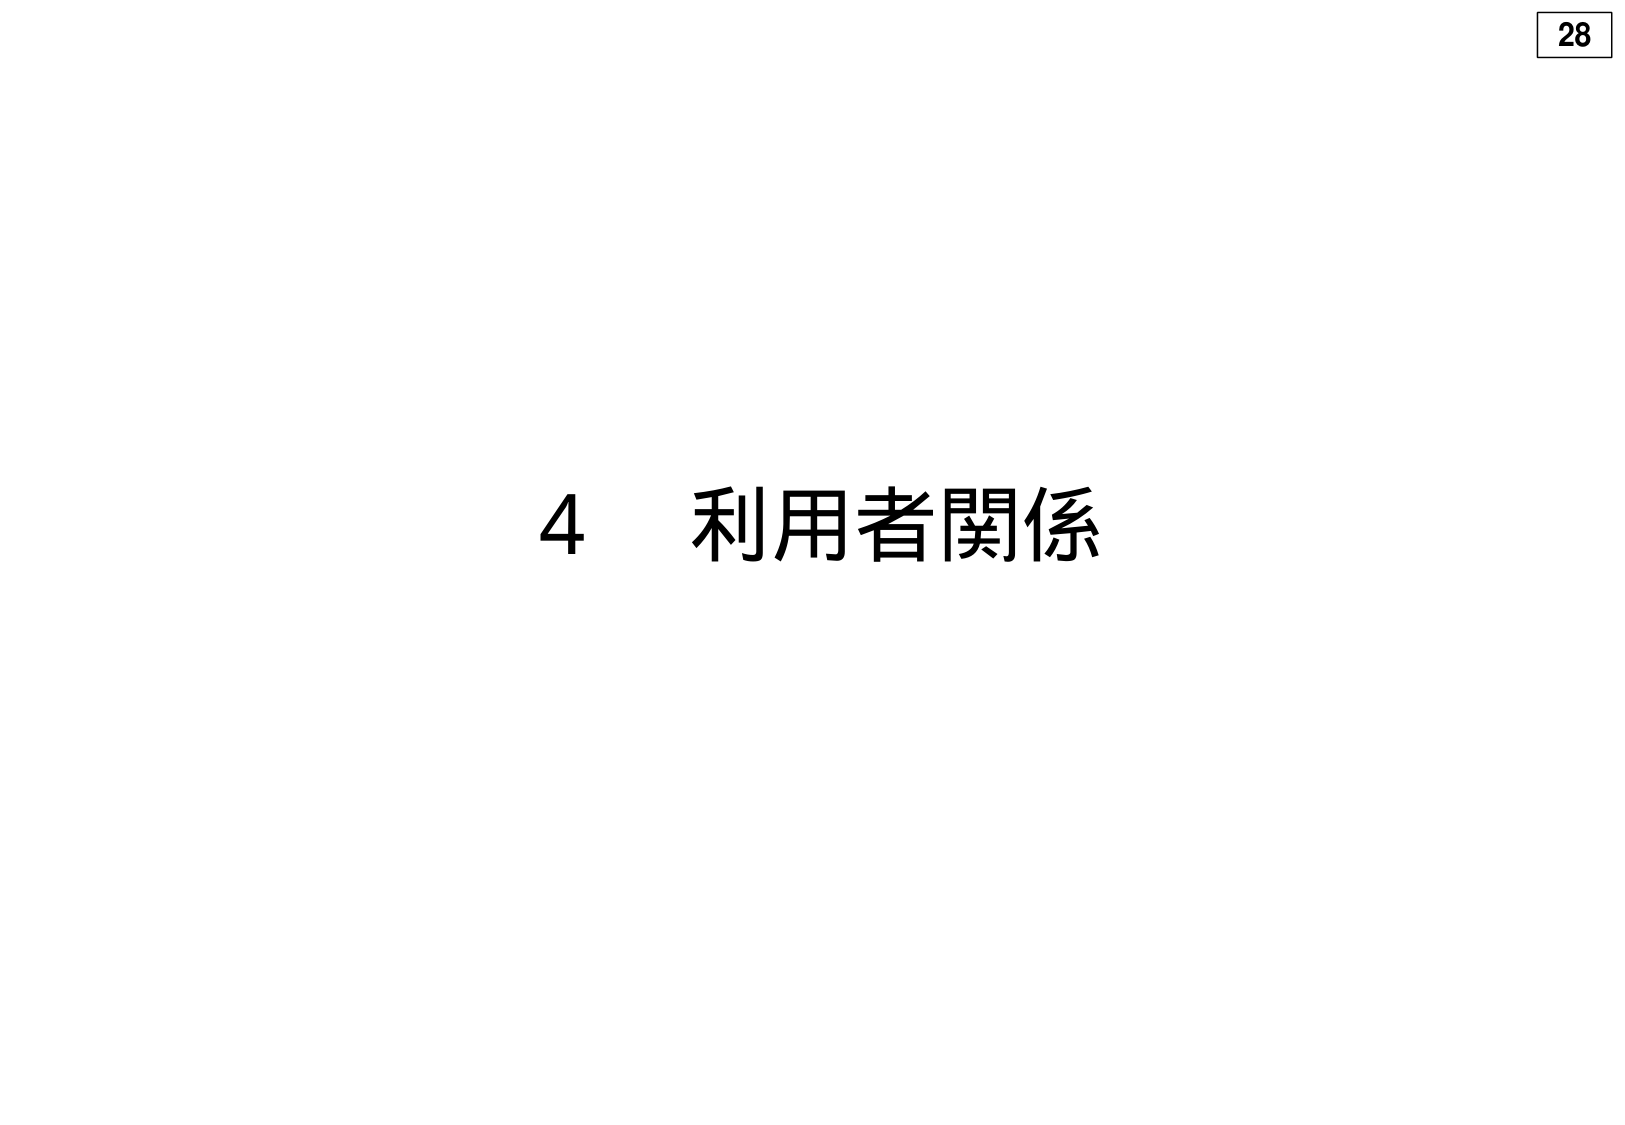
4 利用者関係
28